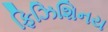
ફિઝિશિનય